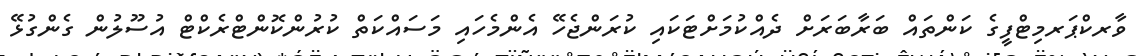
ވާރކްޕަރމިޓްފީގެ ކަންތައް ބަރާބަރަށް ދެއްކުމަށްޓަކައި ކުރަންޖެހޭ އެންމެހައި މަސައްކަތް ކުރުންކޮންޓްރެކްޓް އުސޫލުން ގެންގުޅޭ